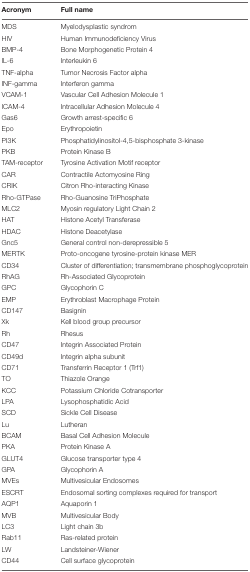
| Acronym | Full name |
 | --- | --- |
 | MDS | Myelodysplastic syndrom |
 | HIV | Human Immunodeficiency Virus |
 | BMP-4 | Bone Morphogenetic Protein 4 |
 | IL-6 | Interleukin 6 |
 | TNF-alpha | Tumor Necrosis Factor alpha |
 | INF-gamma | Interferon gamma |
 | VCAM-1 | Vascular Cell Adhesion Molecule 1 |
 | ICAM-4 | Intracellular Adhesion Molecule 4 |
 | Gas6 | Growth arrest-specific 6 |
 | Epo | Erythropoietin |
 | PI3K | Phosphatidylinositol-4,5-bisphosphate 3-kinase |
 | PKB | Protein Kinase B |
 | TAM-receptor | Tyrosine Activation Motif receptor |
 | CAR | Contractile Actomyosine Ring |
 | CRIK | Citron Rho-interacting Kinase |
 | Rho-GTPase | Rho-Guanosine TriPhosphate |
 | MLC2 | Myosin regulatory Light Chain 2 |
 | HAT | Histone Acetyl Transferase |
 | HDAC | Histone Deacetylase |
 | Gnc5 | General control non-derepressible 5 |
 | MERTK | Proto-oncogene tyrosine-protein kinase MER |
 | CD34 | Cluster of differentiation; transmembrane phosphoglycoprotein |
 | RhAG | Rh-Associated Glycoprotein |
 | GPC | Glycophorin C |
 | EMP | Erythroblast Macrophage Protein |
 | CD147 | Basignin |
 | Xk | Kell blood group precursor |
 | Rh | Rhesus |
 | CD47 | Integrin Associated Protein |
 | CD49d | Integrin alpha subunit |
 | CD71 | Transferrin Receptor 1 (Trf1) |
 | TO | Thiazole Orange |
 | KCC | Potassium Chloride Cotransporter |
 | LPA | Lysophosphatidic Acid |
 | SCD | Sickle Cell Disease |
 | Lu | Lutheran |
 | BCAM | Basal Cell Adhesion Molecule |
 | PKA | Protein Kinase A |
 | GLUT4 | Glucose transporter type 4 |
 | GPA | Glycophorin A |
 | MVEs | Multivesicular Endosomes |
 | ESCRT | Endosomal sorting complexes required for transport |
 | AQP1 | Aquaporin 1 |
 | MVB | Multivesicular Body |
 | LC3 | Light chain 3b |
 | Rab11 | Ras-related protein |
 | LW | Landsteiner-Wiener |
 | CD44 | Cell surface glycoprotein |